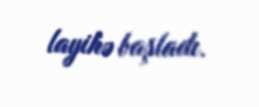
layihə başladı.